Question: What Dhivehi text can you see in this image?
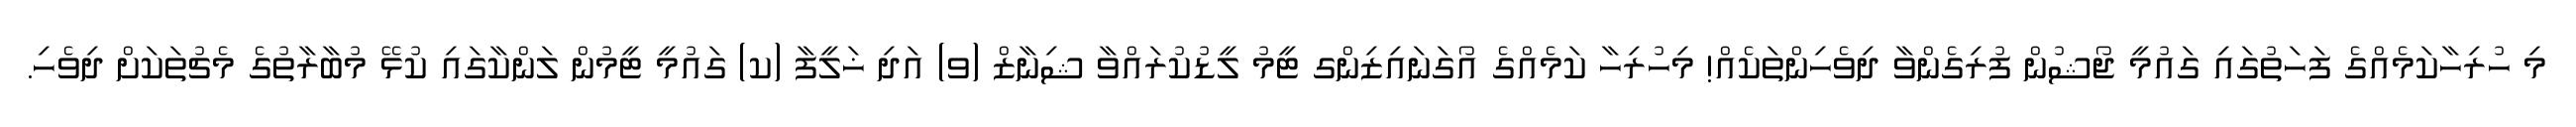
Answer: މި ހުރިހާކަމެއްގެ ފަހަތުގައި ގައުމީ ޖޯޝުން ފުރިގެންވާ ދިވެހިންތަކެއް! މިހުރިހާ ކަމެއްގެ އޯގަނައިޒިންގ ޓީމު ލީޑުކުރައްވާ ޝިނާޒް (ވ) އަދި ޚަލީފާ (ކ) ގައުމީ ޓީމުން ލަންކާގައި ކުޅޭ މުބާރާތުގެ މެޗުތަކަށް ދިވެހި.